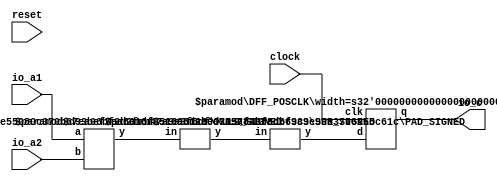
module ParameterizedNumberOperation(
    input clock,
    input reset,
    input [15:0] io_a1,
    input [15:0] io_a2,
    output [47:0] io_c
);
    wire [47:0] _register1__q;
    wire [47:0] _register1__d;
    DFF_POSCLK #(.width(48)) register1 (
        .q(_register1__q),
        .d(_register1__d),
        .clk(clock)
    );
    wire [31:0] _T_10;
    MUL2_SIGNED #(.width_a(16), .width_b(16)) s_mul2_1 (
        .y(_T_10),
        .a(io_a1),
        .b(io_a2)
    );
    wire [23:0] _node_0;
    SHR_SIGNED #(.width(32), .n(8)) s_shr_2 (
        .y(_node_0),
        .in(_T_10)
    );
    assign io_c = _register1__q;
    PAD_SIGNED #(.width(24), .n(48)) s_pad_3 (
        .y(_register1__d),
        .in(_node_0)
    );
endmodule //ParameterizedNumberOperation
module DFF_POSCLK(q, d, clk);
    parameter width = 4;
    output reg [width-1:0] q;
    input [width-1:0] d;
    input clk;
    always @(posedge clk) begin
        q <= d;
    end
endmodule // DFF_POSCLK
module MUL2_SIGNED(y, a, b);
    parameter width_a = 4;
    parameter width_b = 4;
    output [width_a+width_b-1:0] y;
    input [width_a-1:0] a;
    input [width_b-1:0] b;
    assign y = $signed(a) * $signed(b);
endmodule // MUL2_SIGNED
module SHR_SIGNED(y, in);
    parameter width = 4;
    parameter n = 2;
    output [(n < width ? (width-n-1) : 0):0] y;
    input [width-1:0] in;
    assign y = n < width ? in[width-1:n] : in[width-1:width-1];
endmodule // SHR_SIGNED
module PAD_SIGNED(y, in);
    parameter width = 4;
    parameter n = 4;
    output [(n > width ? n : width)-1:0] y;
    input [width-1:0] in;
    assign y = n > width ? {{(n - width){in[width-1]}}, in} : in;
endmodule // PAD_SIGNED